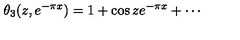
\theta _ { 3 } ( z , e ^ { - \pi x } ) = 1 + \cos z e ^ { - \pi x } + \cdots